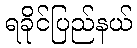
ရခိုင်ပြည်နယ်